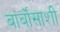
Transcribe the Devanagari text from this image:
बार्बोसाशी